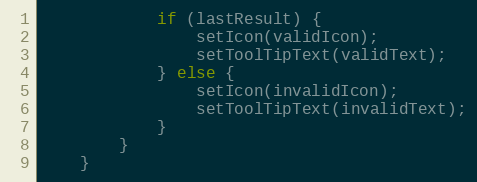
Language: Java
            if (lastResult) {
                setIcon(validIcon);
                setToolTipText(validText);
            } else {
                setIcon(invalidIcon);
                setToolTipText(invalidText);
            }
        }
    }